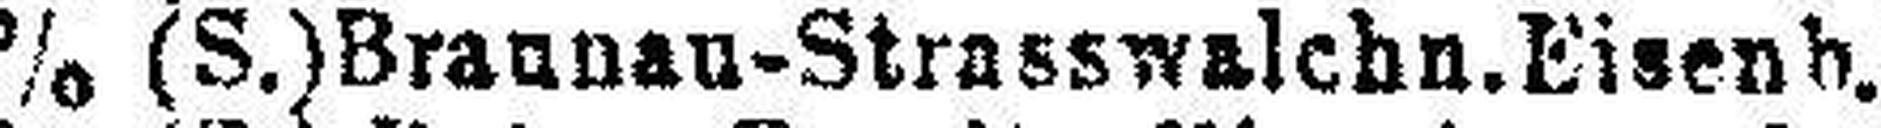
5% (S.) Brannau-Strasswalebn. Eisenb.